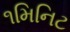
૧મિનિટ